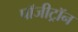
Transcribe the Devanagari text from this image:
पॉजीट्रॉन